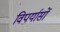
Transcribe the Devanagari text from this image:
विपर्यासों